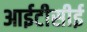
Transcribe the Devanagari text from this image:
आईटीसीई